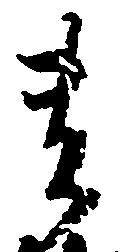
貴